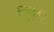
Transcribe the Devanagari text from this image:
तिंथि